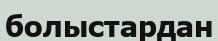
болыстардан